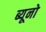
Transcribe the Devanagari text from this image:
ब्यूनो